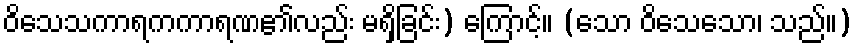
ဝိသေသကာရကကာရဏ၏လည်း မရှိခြင်း) ကြောင့်။ (သော ဝိသေသော၊ သည်။)